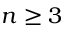
n \geq 3